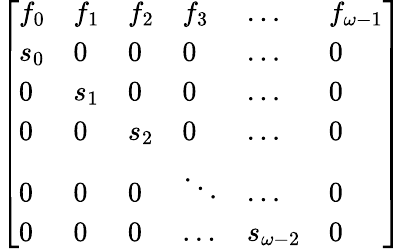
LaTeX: \left[\begin{array}{llllll}{f_{0}}&{f_{1}}&{f_{2}}&{f_{3}}&{\ldots}&{f_{\omega-1}}\\ {s_{0}}&{0}&{0}&{0}&{\ldots}&{0}\\ {0}&{s_{1}}&{0}&{0}&{\ldots}&{0}\\ {0}&{0}&{s_{2}}&{0}&{\ldots}&{0}\\ {0}&{0}&{0}&{\ddots}&{\ldots}&{0}\\ {0}&{0}&{0}&{\ldots}&{s_{\omega-2}}&{0}\end{array}\right]